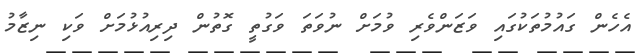
އެހެން ގައުމުތަކުގައި ވަޒަންވެރި ވުމަށް ނުވަތަ ވަގުތީ ގޮތުން ދިރިއުޅުމަށް ވަކި ނިޒާމު